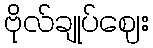
ဗိုလ်ချုပ်ဈေး